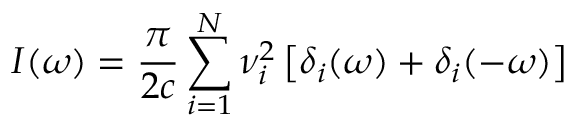
I ( \omega ) = { \frac { \pi } { 2 c } } \sum _ { i = 1 } ^ { N } \nu _ { i } ^ { 2 } \left[ \delta _ { i } ( \omega ) + \delta _ { i } ( - \omega ) \right]